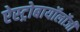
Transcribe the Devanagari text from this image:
ऐस्ट्रोबायॉलॉजी